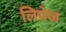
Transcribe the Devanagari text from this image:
लिपेज